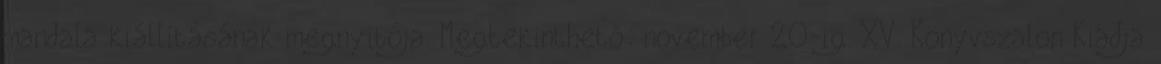
mandala kiállításának megnyitója. Megtekinthető: november 20-ig. XV. Könyvszalon Kiadja